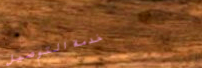
خدمة التوصيل